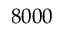
8 0 0 0